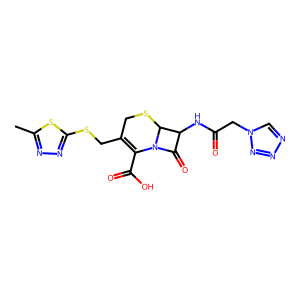
SMILES: Cc1nnc(SCC2=C(C(=O)O)N3C(=O)C(NC(=O)Cn4cnnn4)C3SC2)s1
Inhibits HIV replication: No